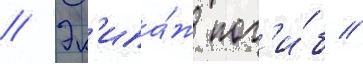
// Эк'ипа́ж пог'и́б //